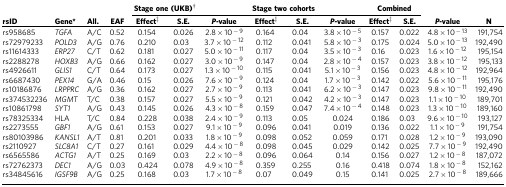
<table><thead><tr><td><b> </b></td><td><b> </b></td><td><b> </b></td><td><b> </b></td><td colspan="2"><b>Stage one (UKB)†</b></td><td><b> </b></td><td colspan="2"><b>Stage two cohorts</b></td><td><b> </b></td><td colspan="2"><b>Combined</b></td><td><b> </b></td><td><b> </b></td></tr></thead><tbody><tr><td><b>rsID</b></td><td><b>Gene</b>*</td><td><b>All.</b></td><td><b>EAF</b></td><td><b>Effect</b>‡</td><td><b>S.E.</b></td><td><i><b>P-</b></i><b>value</b></td><td><b>Effect</b>‡</td><td><b>S.E.</b></td><td><i><b>P-</b></i><b>value</b></td><td><b>Effect</b>‡</td><td><b>S.E.</b></td><td><i><b>P-</b></i><b>value</b></td><td><b><i>N</i></b></td></tr><tr><td>rs958685</td><td><i>TGFA</i></td><td>A/C</td><td>0.52</td><td>0.154</td><td>0.026</td><td>2.8 × 10<sup>−9</sup></td><td>0.164</td><td>0.04</td><td>3.8 × 10<sup>−5</sup></td><td>0.157</td><td>0.022</td><td>4.8 × 10<sup>−13</sup></td><td>191,754</td></tr><tr><td>rs72979233</td><td><i>POLD3</i></td><td>A/G</td><td>0.76</td><td>0.210</td><td>0.03</td><td>3.7 × 10<sup>−12</sup></td><td>0.112</td><td>0.041</td><td>5.8 × 10<sup>−3</sup></td><td>0.175</td><td>0.024</td><td>5.0 × 10<sup>−13</sup></td><td>192,490</td></tr><tr><td>rs11614333</td><td><i>ERP27</i></td><td>C/T</td><td>0.62</td><td>0.181</td><td>0.027</td><td>5.0 × 10<sup>−11</sup></td><td>0.117</td><td>0.04</td><td>3.5 × 10<sup>−3</sup></td><td>0.16</td><td>0.023</td><td>1.6 × 10<sup>−12</sup></td><td>195,154</td></tr><tr><td>rs2288278</td><td><i>HOXB3</i></td><td>A/G</td><td>0.66</td><td>0.162</td><td>0.027</td><td>3.0 × 10<sup>−9</sup></td><td>0.147</td><td>0.04</td><td>2.8 × 10<sup>−4</sup></td><td>0.157</td><td>0.023</td><td>3.8 × 10<sup>−12</sup></td><td>195,133</td></tr><tr><td>rs4926611</td><td><i>GLIS1</i></td><td>C/T</td><td>0.64</td><td>0.173</td><td>0.027</td><td>1.3 × 10<sup>−10</sup></td><td>0.115</td><td>0.041</td><td>5.1 × 10<sup>−3</sup></td><td>0.156</td><td>0.023</td><td>4.8 × 10<sup>−12</sup></td><td>192,964</td></tr><tr><td>rs6687430</td><td><i>PEX14</i></td><td>G/A</td><td>0.46</td><td>0.15</td><td>0.026</td><td>7.6 × 10<sup>−9</sup></td><td>0.124</td><td>0.04</td><td>1.7 × 10<sup>−3</sup></td><td>0.142</td><td>0.022</td><td>5.6 × 10<sup>−11</sup></td><td>195,176</td></tr><tr><td>rs10186876</td><td><i>LRPPRC</i></td><td>A/G</td><td>0.36</td><td>0.162</td><td>0.027</td><td>2.7 × 10<sup>−9</sup></td><td>0.113</td><td>0.041</td><td>6.2 × 10<sup>−3</sup></td><td>0.147</td><td>0.023</td><td>9.8 × 10<sup>−11</sup></td><td>192,490</td></tr><tr><td>rs374532236</td><td><i>MGMT</i></td><td>T/C</td><td>0.38</td><td>0.157</td><td>0.027</td><td>5.5 × 10<sup>−9</sup></td><td>0.121</td><td>0.042</td><td>4.2 × 10<sup>−3</sup></td><td>0.147</td><td>0.023</td><td>1.1 × 10<sup>−10</sup></td><td>189,701</td></tr><tr><td>rs10861798</td><td><i>SYT1</i></td><td>A/G</td><td>0.43</td><td>0.145</td><td>0.026</td><td>4.3 × 10<sup>−8</sup></td><td>0.159</td><td>0.047</td><td>7.4 × 10<sup>−4</sup></td><td>0.148</td><td>0.023</td><td>1.3 × 10<sup>−10</sup></td><td>189,160</td></tr><tr><td>rs78325334</td><td>HLA</td><td>T/C</td><td>0.84</td><td>0.228</td><td>0.038</td><td>2.4 × 10<sup>−9</sup></td><td>0.113</td><td>0.05</td><td>0.024</td><td>0.186</td><td>0.03</td><td>9.6 × 10<sup>−10</sup></td><td>193,127</td></tr><tr><td>rs2273555</td><td><i>GBF1</i></td><td>A/G</td><td>0.61</td><td>0.153</td><td>0.027</td><td>9.1 × 10<sup>−9</sup></td><td>0.096</td><td>0.041</td><td>0.019</td><td>0.136</td><td>0.022</td><td>1.1 × 10<sup>−9</sup></td><td>191,754</td></tr><tr><td>rs80103986</td><td><i>KANSL1</i></td><td>A/T</td><td>0.81</td><td>0.201</td><td>0.033</td><td>1.8 × 10<sup>−9</sup></td><td>0.098</td><td>0.052</td><td>0.059</td><td>0.171</td><td>0.028</td><td>1.2 × 10<sup>−9</sup></td><td>193,090</td></tr><tr><td>rs2110927</td><td><i>SLC8A1</i></td><td>C/T</td><td>0.27</td><td>0.161</td><td>0.029</td><td>4.4 × 10<sup>−8</sup></td><td>0.098</td><td>0.045</td><td>0.029</td><td>0.142</td><td>0.025</td><td>7.7 × 10<sup>−9</sup></td><td>192,490</td></tr><tr><td>rs6565586</td><td><i>ACTG1</i></td><td>A/T</td><td>0.25</td><td>0.169</td><td>0.03</td><td>2.2 × 10<sup>−8</sup></td><td>0.096</td><td>0.064</td><td>0.14</td><td>0.156</td><td>0.027</td><td>1.2 × 10<sup>−8</sup></td><td>187,072</td></tr><tr><td>rs72762373</td><td><i>DEC1</i></td><td>A/G</td><td>0.03</td><td>0.424</td><td>0.078</td><td>4.9 × 10<sup>−8</sup></td><td>0.359</td><td>0.255</td><td>0.16</td><td>0.418</td><td>0.074</td><td>1.8 × 10<sup>−8</sup></td><td>152,162</td></tr><tr><td>rs34845616</td><td><i>IGSF9B</i></td><td>A/G</td><td>0.25</td><td>0.168</td><td>0.03</td><td>1.7 × 10<sup>−8</sup></td><td>0.07</td><td>0.049</td><td>0.15</td><td>0.141</td><td>0.025</td><td>2.7 × 10<sup>−8</sup></td><td>189,666</td></tr></tbody></table>